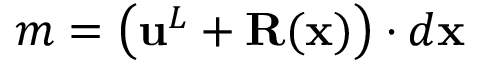
m = \left( \mathbf { u } ^ { L } + \mathbf { R } ( \mathbf { x } ) \right) \cdot d \mathbf { x }